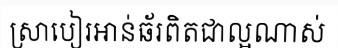
ស្រាបៀរអាន់ឆ័រពិតជាល្អណាស់